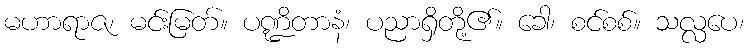
မဟာရာဇ၊ မင်းမြတ်။ ပဏ္ဍိတာနံ၊ ပညာရှိတို့၏။ ခေါ၊ စင်စစ်။ သလ္လပေ၊